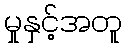
မှုနှင့်အတူ